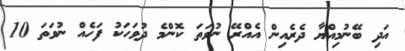
އަދި ބޭނުމިއްޔާ ދެރެއިން އެއްރޭ ނުވަތަ ކޮންމެ ދުވަހަކު ފަހެއް ނުވަތަ 10